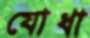
যোধা